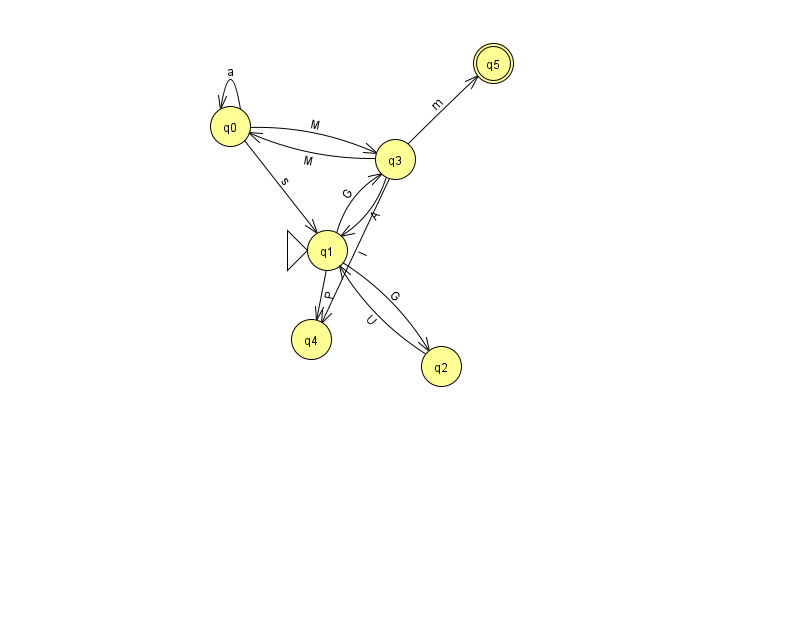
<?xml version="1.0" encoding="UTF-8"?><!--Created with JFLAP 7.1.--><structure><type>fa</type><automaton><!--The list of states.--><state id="0" name="q0"><x>230.0</x><y>113.0</y></state><state id="1" name="q1"><x>327.0</x><y>237.0</y><initial/></state><state id="2" name="q2"><x>441.0</x><y>353.0</y></state><state id="3" name="q3"><x>395.0</x><y>146.0</y></state><state id="4" name="q4"><x>311.0</x><y>326.0</y></state><state id="5" name="q5"><x>493.0</x><y>50.0</y><final/></state><!--The list of transitions.--><transition><from>3</from><to>5</to><read>m</read></transition><transition><from>0</from><to>0</to><read>a</read></transition><transition><from>1</from><to>2</to><read>G</read></transition><transition><from>2</from><to>1</to><read>U</read></transition><transition><from>1</from><to>4</to><read>P</read></transition><transition><from>3</from><to>1</to><read>A</read></transition><transition><from>0</from><to>3</to><read>M</read></transition><transition><from>3</from><to>0</to><read>M</read></transition><transition><from>0</from><to>1</to><read>s</read></transition><transition><from>3</from><to>4</to><read>l</read></transition><transition><from>1</from><to>3</to><read>G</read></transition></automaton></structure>